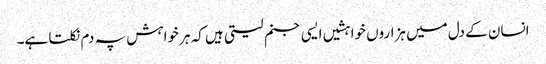
انسان کے دل میں ہزاروں خواہشیں ایسی جنم لیتی ہیں کہ ہر خواہش پہ دم نکلتا ہے۔